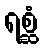
ရစ္ဆံ